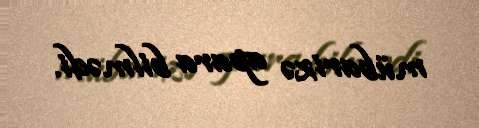
mübarizə apara bilmədi.